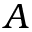
A